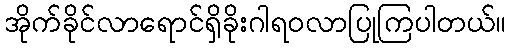
အိုက်ခိုင်လာရောင်ရှိခိုးဂါရဝလာပြုကြပါတယ်။